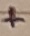
Text: +